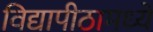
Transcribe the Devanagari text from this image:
विद्यापीठामध्‍ये